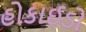
હોકાઈડો